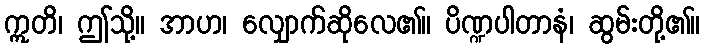
ဣတိ၊ ဤသို့။ အာဟ၊ လျှောက်ဆိုလေ၏။ ပိဏ္ဍပါတာနံ၊ ဆွမ်းတို့၏။